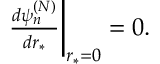
\begin{array} { r } { \frac { d \psi _ { n } ^ { ( N ) } } { d r _ { * } } \bigg | _ { r _ { * } = 0 } = 0 . } \end{array}